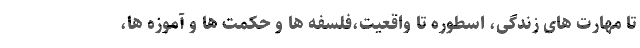
تا مهارت های زندگی، اسطوره تا واقعیت،فلسفه ها و حکمت ها و آموزه ها،